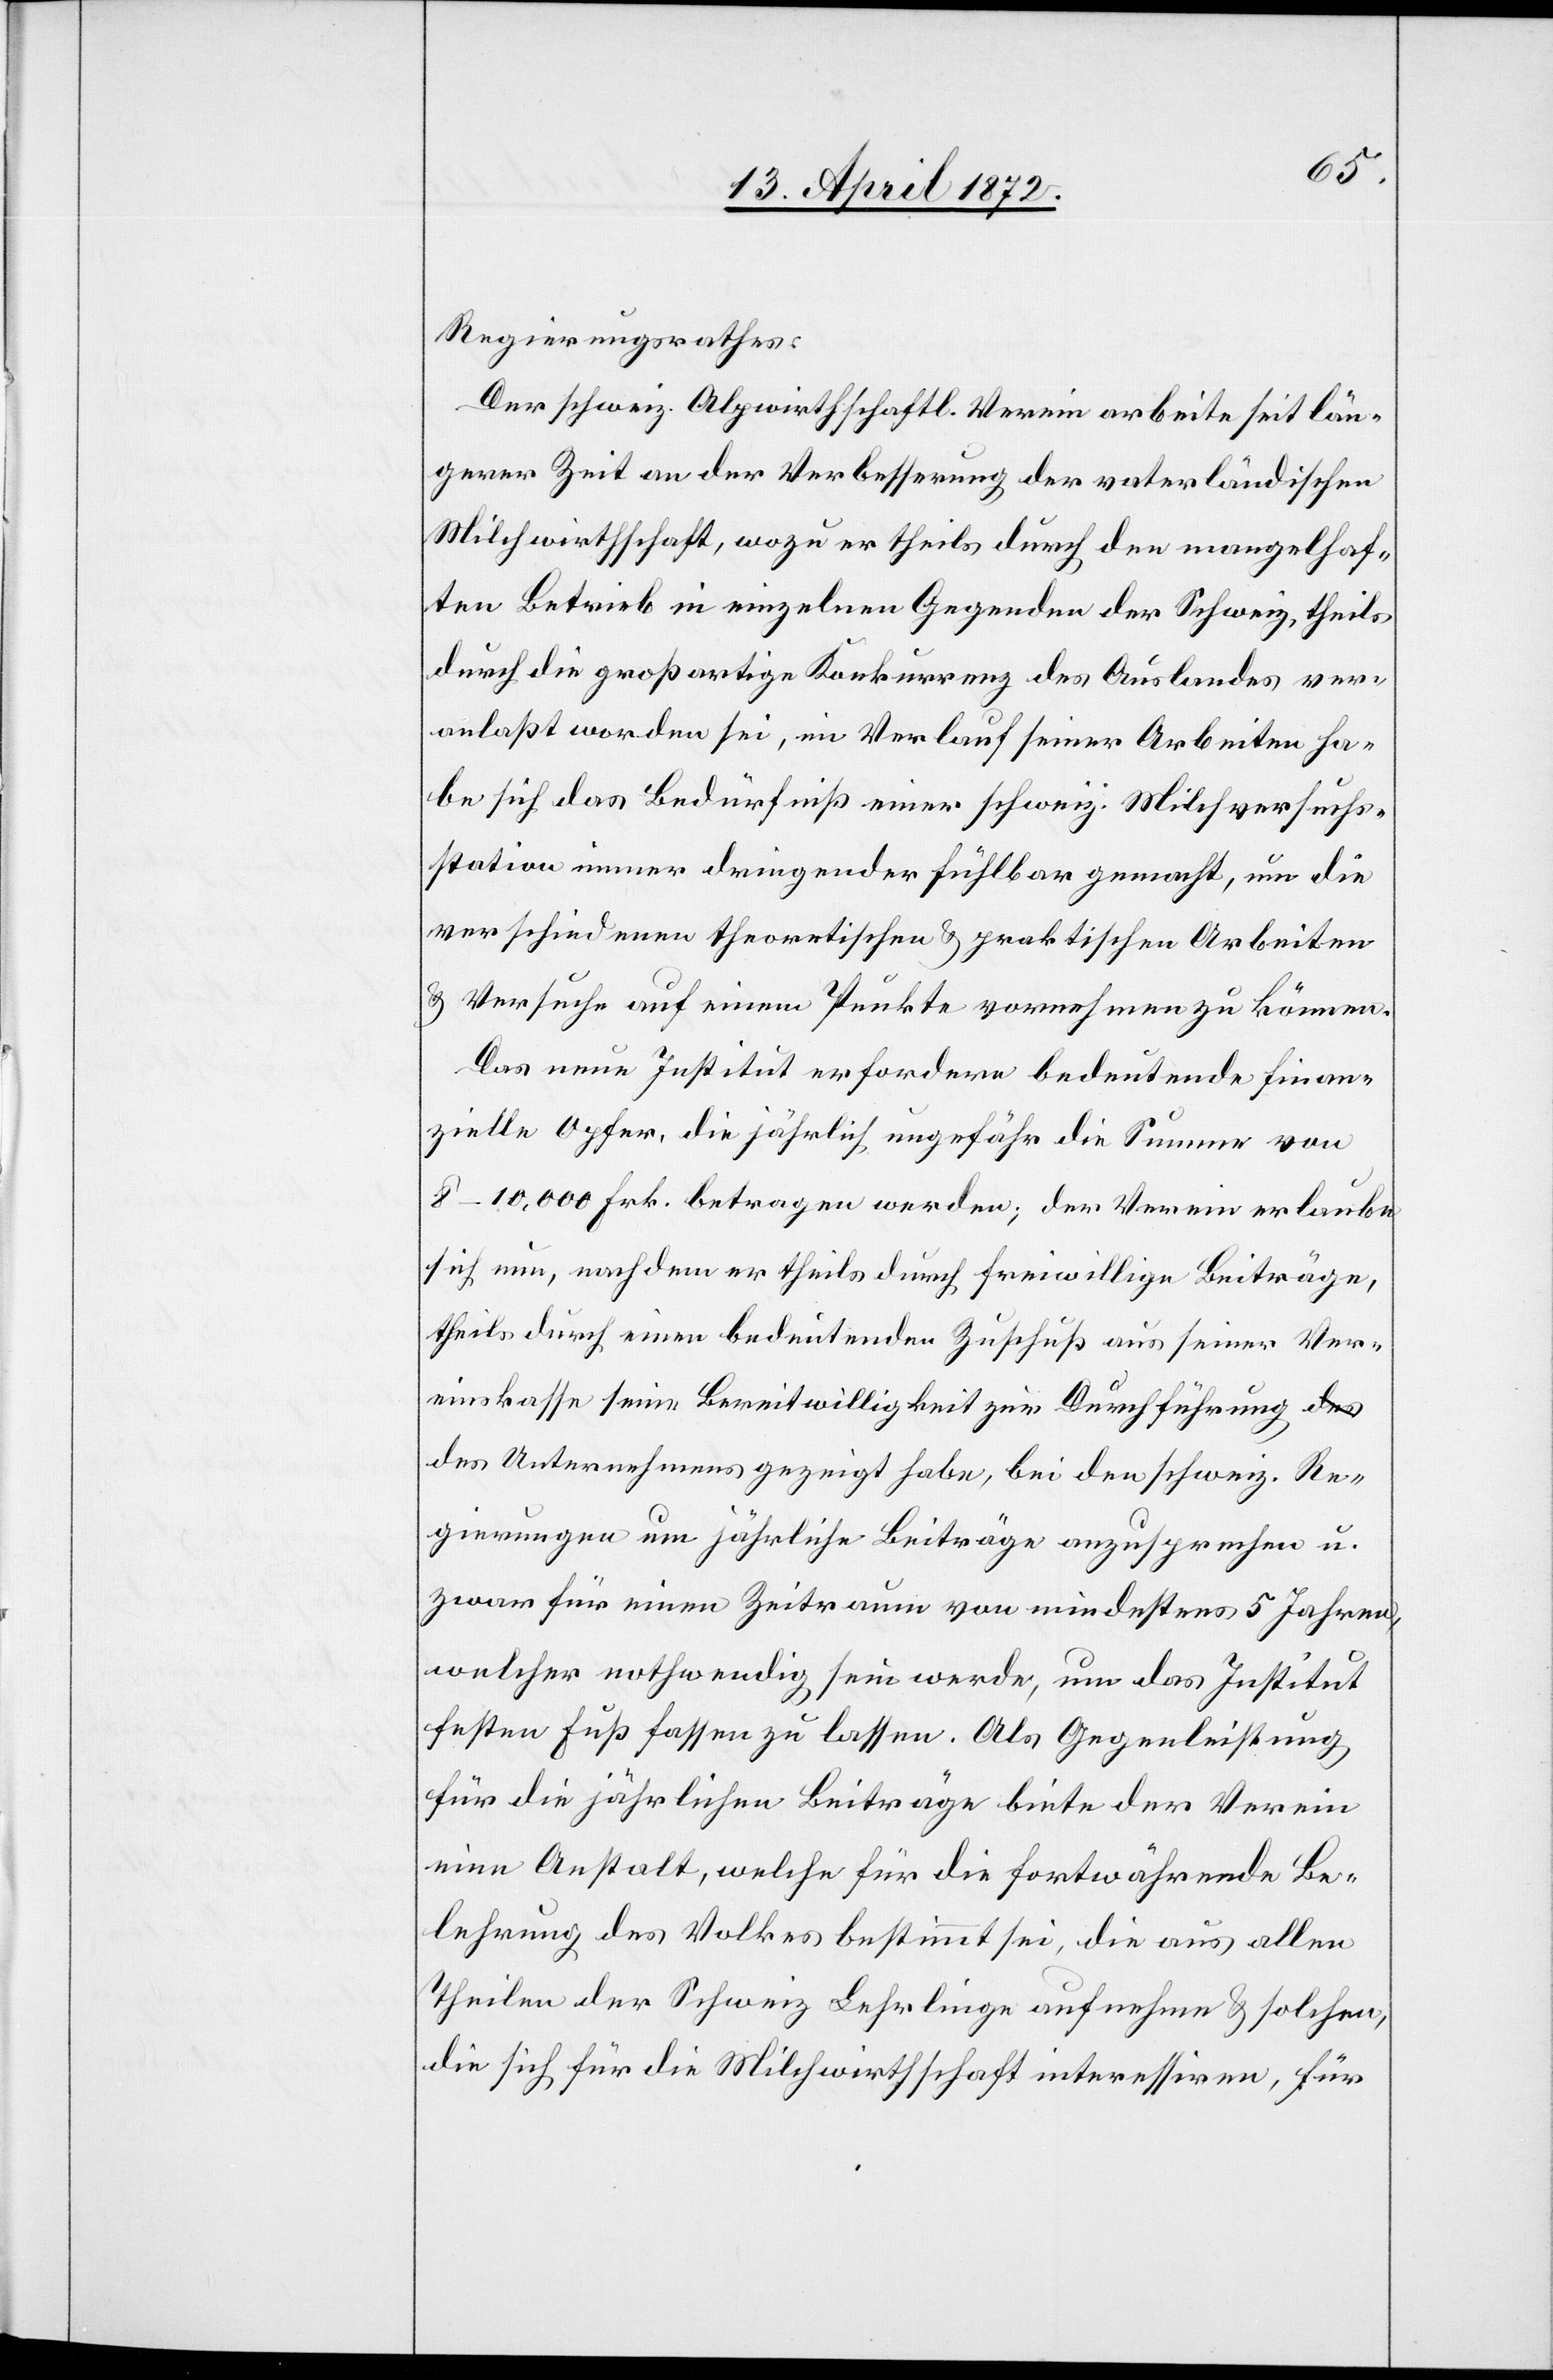
Regierungsrathes:
Der schweiz. Alpwirthschaftl. Verein arbeite seit län¬
gerer Zeit an der Verbesserung der vaterländischen
Milchwirthschaft, wozu er theils durch den mangelhaf¬
ten Betrieb in einzelnen Gegenden der Schweiz, theils
durch die großartige Konkurrenz des Auslandes ver¬
anlaßt worden sei[.] [I]m Verlauf seiner Arbeiten ha¬
be sich das Bedürfniß einer schweiz. Milchversuchs¬
station immer dringender fühlbar gemacht, um die
verschiedenen theoretischen u. praktischen Arbeiten
u. Versuche auf einem Punkte vornehmen zu können.
Das neue Institut erfordere bedeutende finan¬
zielle Opfer, die jährlich ungefähr die Summe von
8–10,000 Frk. betragen werden; der Verein erlaube
sich nun, nachdem er theils durch freiwillige Beiträge,
theils durch einen bedeutenden Zuschuß aus seiner Ver¬
einskasse seine Bereitwilligkeit zur Durchführung de¬
s Unternehmens gezeigt habe, bei den schweiz. Re¬
gierungen um jährliche Beiträge anzusprechen u.
zwar für einen Zeitraum von mindestens 5 Jahren,
welcher nothwendig sein werde, um das Institut
festen Fuß fassen zu lassen. Als Gegenleistung
für die jährlichen Beiträge biete der Verein
eine Anstalt, welche für die fortwährende Be¬
lehrung des Volkes bestimmt sei, die aus allen
Theilen der Schweiz Lehrlinge aufnehme u. solchen,
die sich für die Milchwirthschaft interessiren, für